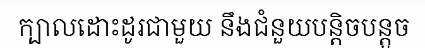
ក្បាលដោះដូរជាមួយ នឹងជំនួយបន្តិចបន្តួច